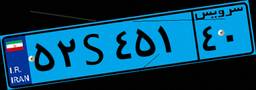
۵۲S۴۵۱۴۰